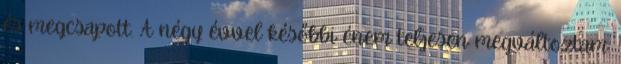
és megcsapott. A négy évvel későbbi énem teljesen megváltoztam.